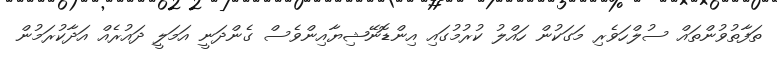
ތަފާތުވުންތައް ސުލްހަވެރި މަގަކުން ހައްލު ކުރުމުގައި އިންޑޮނޭޝިޔާއިންވެސް ގެންދަނީ އަމަލީ ދައުރެއް އަދާކުރަމުން